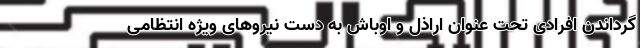
گرداندن افرادی تحت عنوان اراذل و اوباش به دست نیروهای ویژه انتظامی